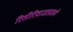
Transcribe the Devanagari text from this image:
रितीरिवाजाप्रमाणे